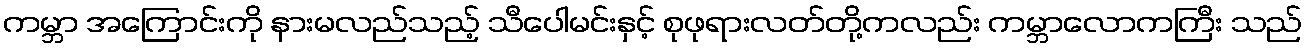
ကမ္ဘာ အကြောင်းကို နားမလည်သည့် သီပေါမင်းနှင့် စုဖုရားလတ်တို့ကလည်း ကမ္ဘာလောကကြီး သည်